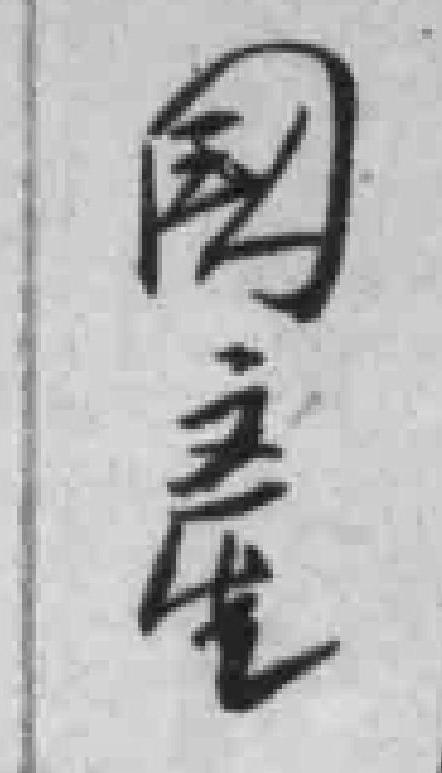
國產